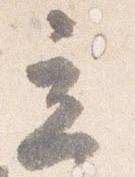
立